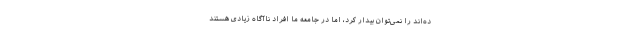
ده‌اند را نمی‌توان بیدار کرد، اما در جامعه ما افراد ناآگاه زیادی هستند